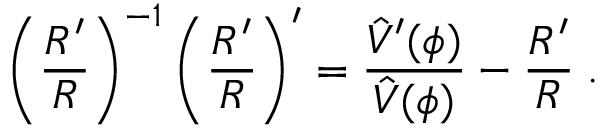
\left( { \frac { R ^ { \prime } } { R } } \right) ^ { - 1 } \left( { \frac { R ^ { \prime } } { R } } \right) ^ { \prime } = { \frac { \hat { V } ^ { \prime } ( \phi ) } { \hat { V } ( \phi ) } } - { \frac { R ^ { \prime } } { R } } \; .